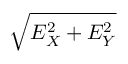
\sqrt { E _ { X } ^ { 2 } + E _ { Y } ^ { 2 } }